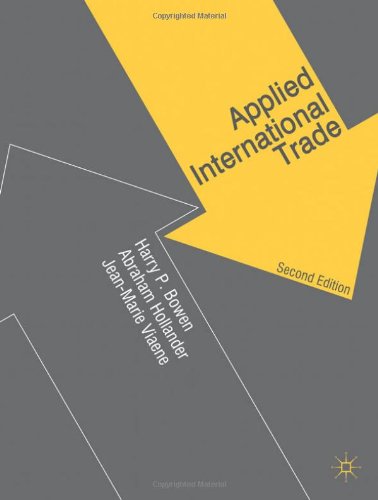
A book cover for Applied International Trade; Harry P. Bowen; Business & Money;